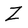
Character: Z